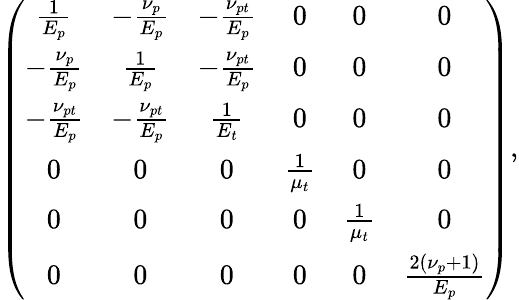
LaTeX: \left(\begin{array}{cccccc}{\frac{1}{E_{p}}}&{-\frac{\nu_{p}}{E_{p}}}&{-\frac{\nu_{pt}}{E_{p}}}&{0}&{0}&{0}\\ {-\frac{\nu_{p}}{E_{p}}}&{\frac{1}{E_{p}}}&{-\frac{\nu_{pt}}{E_{p}}}&{0}&{0}&{0}\\ {-\frac{\nu_{pt}}{E_{p}}}&{-\frac{\nu_{pt}}{E_{p}}}&{\frac{1}{E_{t}}}&{0}&{0}&{0}\\ {0}&{0}&{0}&{\frac{1}{\mu_{t}}}&{0}&{0}\\ {0}&{0}&{0}&{0}&{\frac{1}{\mu_{t}}}&{0}\\ {0}&{0}&{0}&{0}&{0}&{\frac{2\left(\nu_{p}+1\right)}{E_{p}}}\end{array}\right),